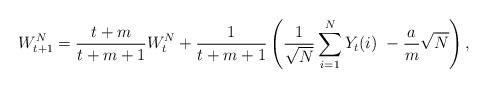
LaTeX: \begin{align*}W_{t+1}^{N} = \frac{t+m}{t+m+1}W_t^{N} + \frac{1}{t+m+1} \left(\frac{1}{\sqrt{N}} \sum_{i=1}^N Y_t(i)\ -\frac{a}{m}\sqrt{N} \right),\end{align*}